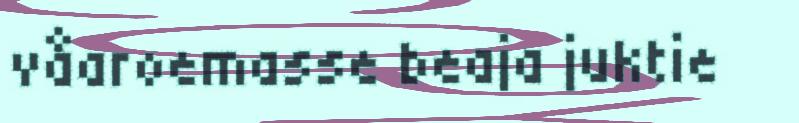
våaroemasse beaja juktie